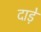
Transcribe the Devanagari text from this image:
दाड़े